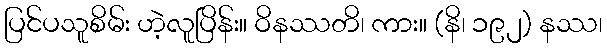
ပြင်ပသူစိမ်း ဟဲ့လူပြိန်း။ ဝိနဿတိ၊ ကား။ (နိ၊ ၁၉၂) နဿ၊